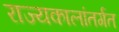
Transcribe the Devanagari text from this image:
राज्यकालांतर्गत